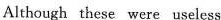
Although these were useless